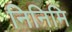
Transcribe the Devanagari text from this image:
निनिमि